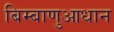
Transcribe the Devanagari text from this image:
बिम्बाणुआधान